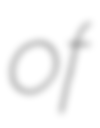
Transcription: of